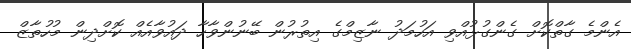
އެންމެ ގާތްކޮށް ގެންގުޅުއްވި އަހުމަދު ނާޒިމްގެ އިތުރުން ބޭނުންވާހާ ދައުވާއެއް ކޮށްދިން މުހުތާޒް